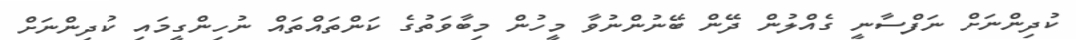
ކުދިންނަށް ނަފްސާނީ ގެއްލުން ދޭން ބޭނުންނުވާ މީހުން މިބާވަތުގެ ކަންތައްތައް ނުހިންގީމައި ކުދިންނަށް